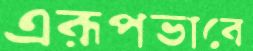
এরূপভাবে